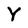
Character: Y